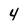
Character: 4